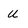
Character: u